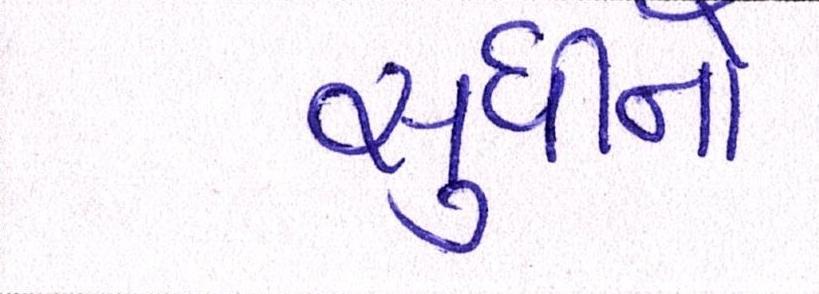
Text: સુધીનો